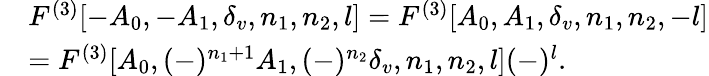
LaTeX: \begin{array}{rl}&{F^{(3)}[-A_{0},-A_{1},\delta_{v},n_{1},n_{2},l]=F^{(3)}[A_{0},A_{1},\delta_{v},n_{1},n_{2},-l]}\\ &{=F^{(3)}[A_{0},(-)^{n_{1}+1}A_{1},(-)^{n_{2}}\delta_{v},n_{1},n_{2},l](-)^{l}.}\end{array}